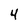
Character: 4